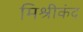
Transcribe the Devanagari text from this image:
मिश्रीकंद